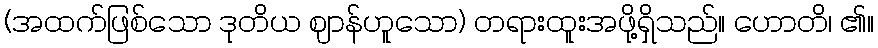
(အထက်ဖြစ်သော ဒုတိယ ဈာန်ဟူသော) တရားထူးအဖို့ရှိသည်။ ဟောတိ၊ ၏။